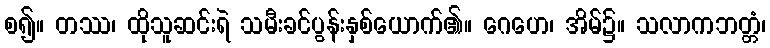
စ၍။ တဿ၊ ထိုသူဆင်းရဲ သမီးခင်ပွန်းနှစ်ယောက်၏။ ဂေဟေ၊ အိမ်၌။ သလာကဘတ္တံ၊